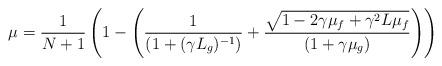
LaTeX: \begin{align*}\mu = \frac{1}{N+1}\left(1 - \left(\frac{1}{(1+(\gamma L_g)^{-1})} + \frac{\sqrt{1- 2\gamma\mu_f + \gamma^2 L\mu_f}}{(1+\gamma \mu_g)}\right)\right)\end{align*}